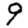
Digit: 9